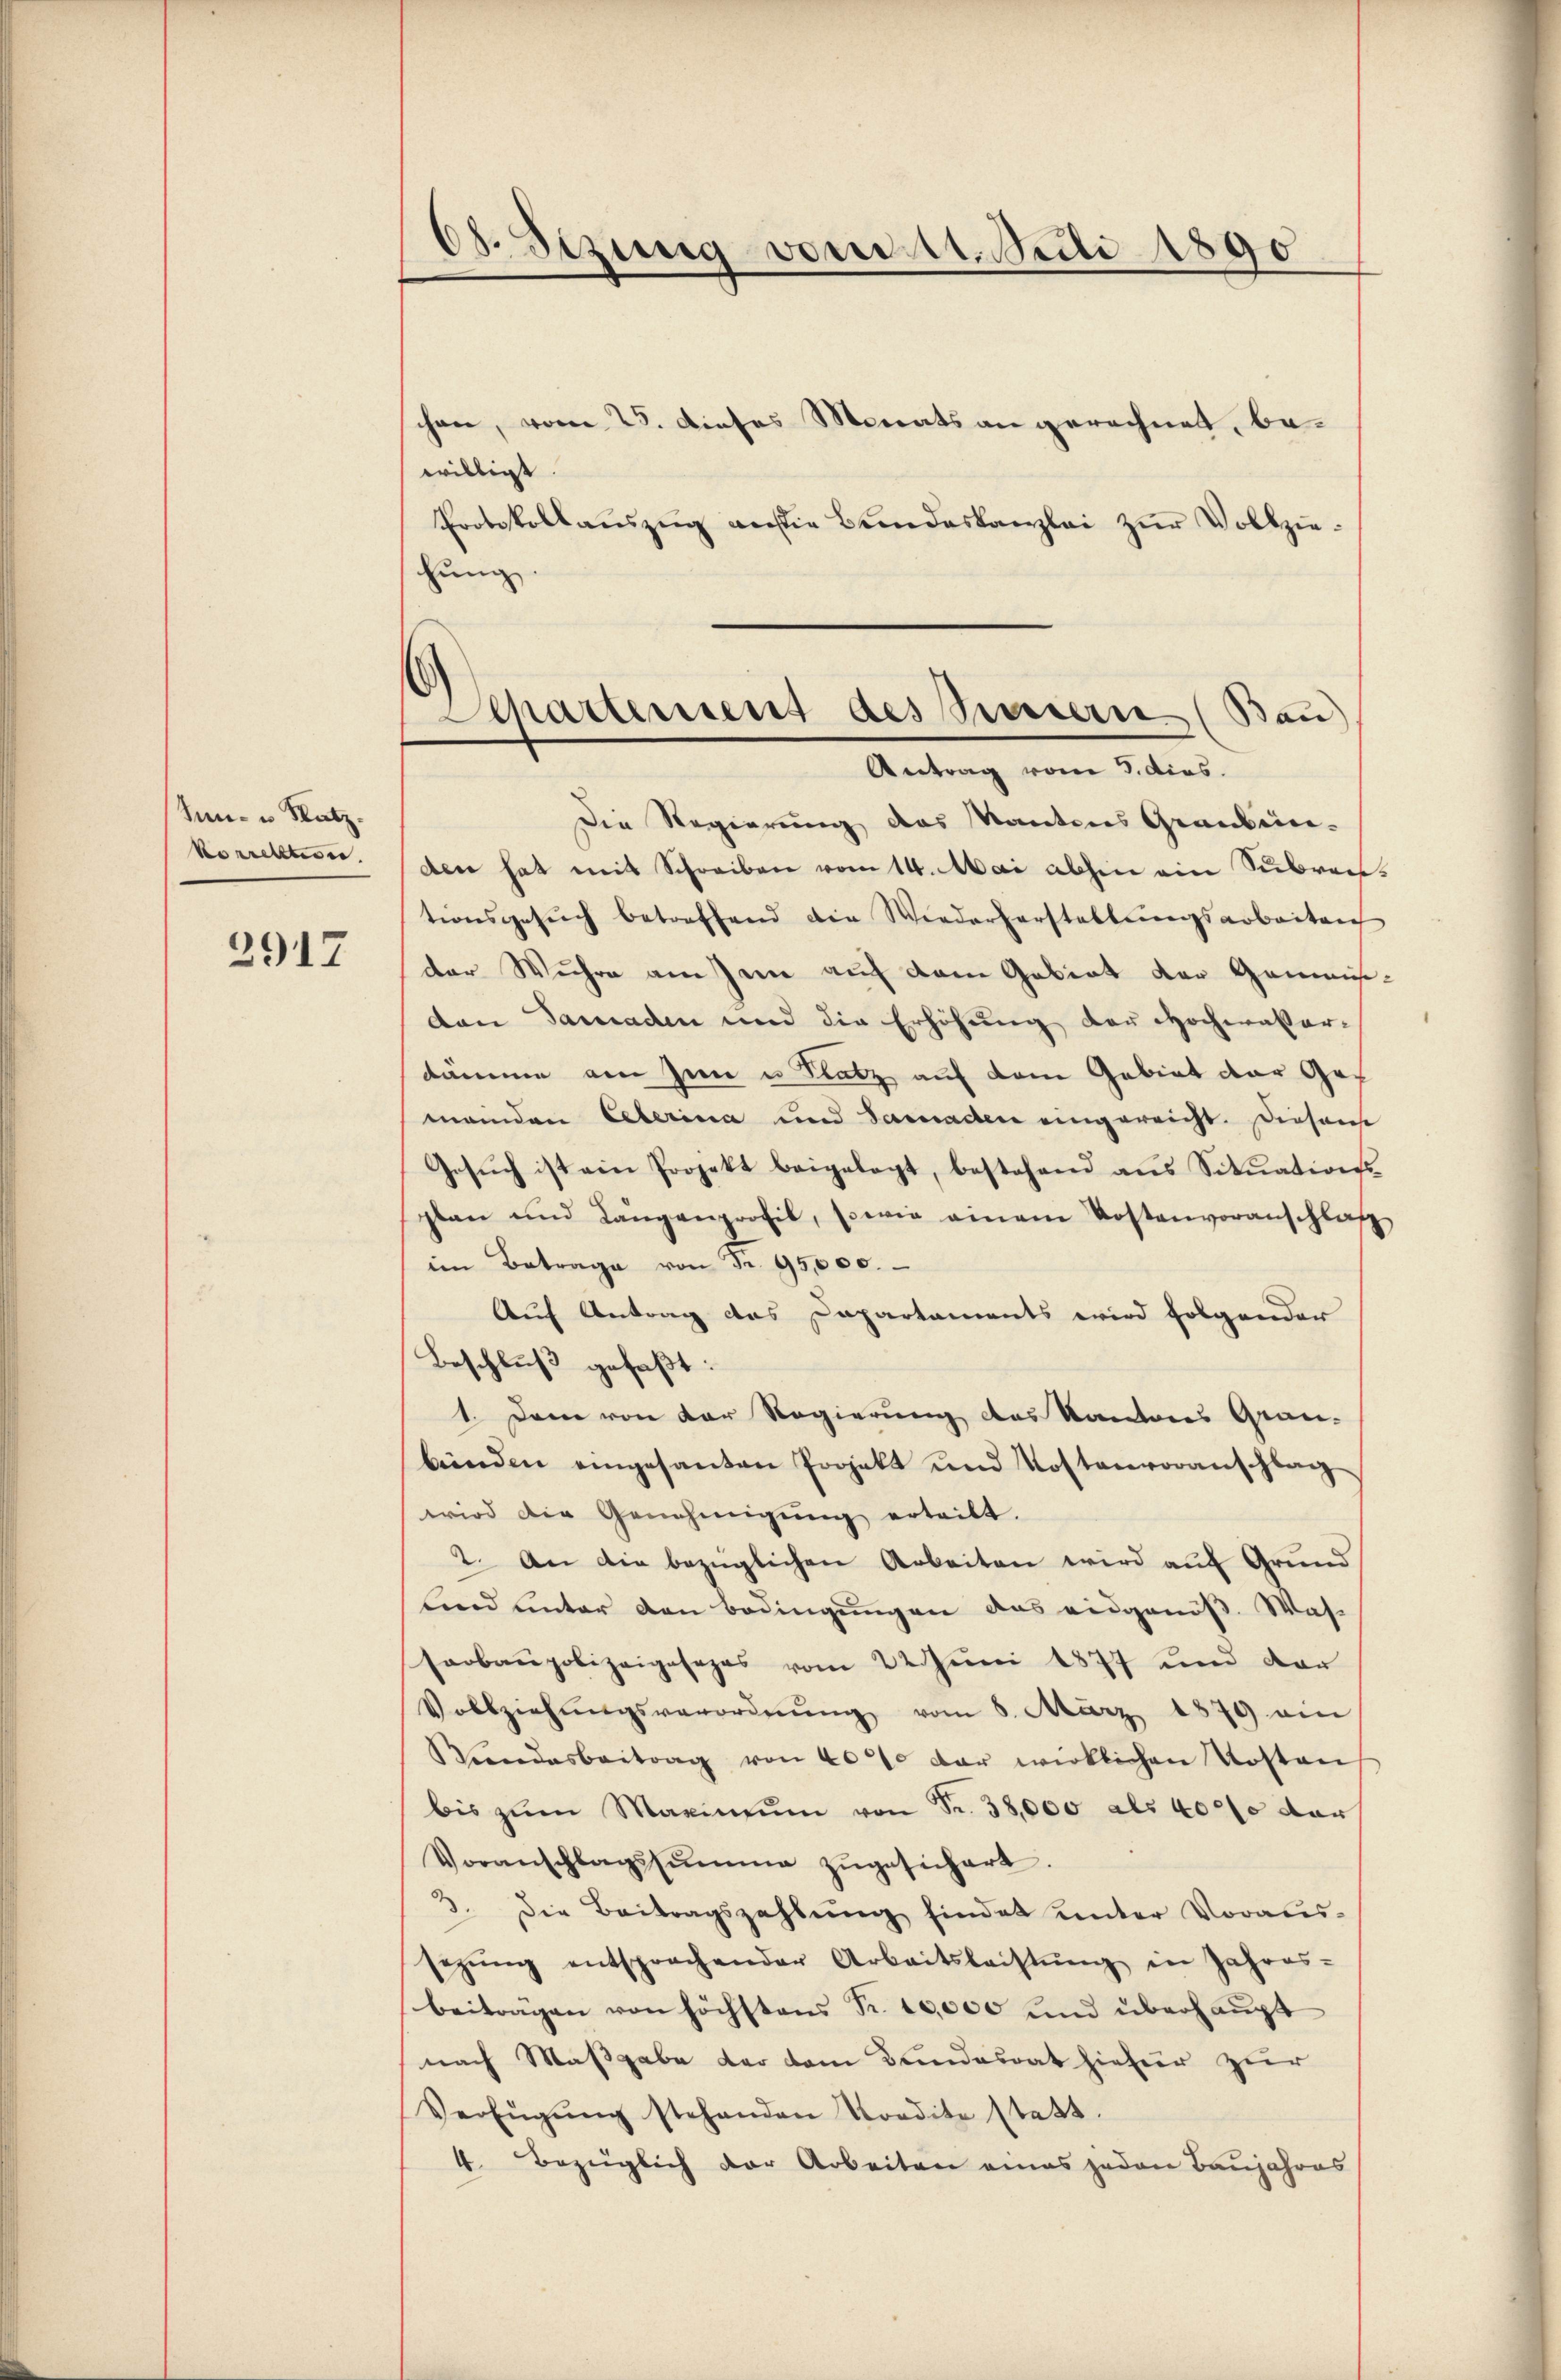
Sin- u. Satz.
korrektion.

2917

Ed. Sizung vom 11. Juli 1890

chen, vom 25. dieses Monats angerechnet, bewilligt
Protokollaŭszŭg an die Bundeskanzlei zŭr Vollziejung
Die Regierung des Kantons Grauben-
den hat mit Schreiben vom 14. Mai abhin ein Subventionsgesŭch betreffend die Wiederforstellungsarbeiten
der Wuhre am Jene auf dem Gebiet der Gemeinden Samaden und die Erhöhung der Hochwaßerdämme am Hin u Platz auf dem Gebiet der Gef
meinden Eeberina und Samerader eingereicht. Diesem
Gesŭch ist ein Projekt beigelegt, bestehend aus Sitŭations
plan und Längenprofil, sowie einem Kostenvoranschlaf
im Betrage von Fr. 95,000.
Auf Antrag das Departaments wird folgender
Beschluß gefaßt:
1. Dem von der Regierung des Kantons Grau-
benden eingesanten Projekt und Kostenvoranschlag
wird die Genehmigŭng erteilt.
2. An die bezüglichen Arbeiten wird auf Grund
lind unter den Bedingungen das eidgenöß. Was-
serbaupolizeigesezes vom 22. Juni 1877 und dar
Vollziehŭngsverordnŭng vom 8. März 1879 ein
Wundesbeitrag von 40% der wirklichen Kosten
bis zŭm Maximŭm von Fr. 38,000 als 40000 dar
Voranschlagssŭmme zŭgesichert.
3. Die Beitragszahlŭng findet unter Voraus-
sezŭng entsprachender Arbeitsleistŭng in Jahres-
beiträgen von höchstens Fr. 10,000 und überhaupt
nach Maßgabe der dem Bundesrat hiefür zur
Verfügŭng stehenden Vordite statt.
4. Bezüglich der Arbeiten eines jeden Baujahres

)
Departement des Sinnern (Bau
Antrag vom 3. dies